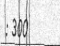
: 300